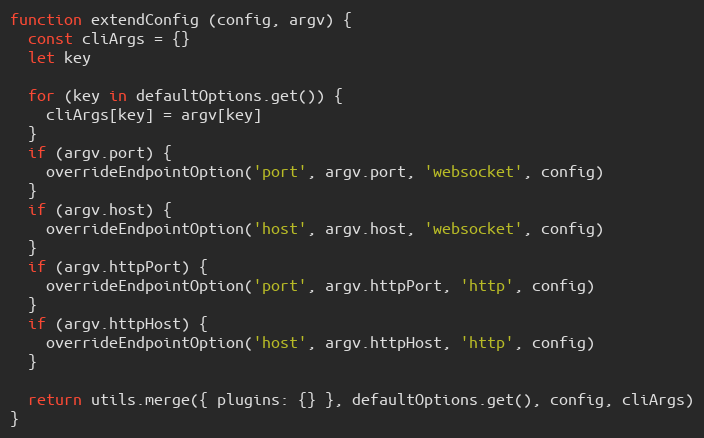
Language: JavaScript
function extendConfig (config, argv) {
  const cliArgs = {}
  let key

  for (key in defaultOptions.get()) {
    cliArgs[key] = argv[key]
  }
  if (argv.port) {
    overrideEndpointOption('port', argv.port, 'websocket', config)
  }
  if (argv.host) {
    overrideEndpointOption('host', argv.host, 'websocket', config)
  }
  if (argv.httpPort) {
    overrideEndpointOption('port', argv.httpPort, 'http', config)
  }
  if (argv.httpHost) {
    overrideEndpointOption('host', argv.httpHost, 'http', config)
  }

  return utils.merge({ plugins: {} }, defaultOptions.get(), config, cliArgs)
}